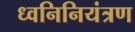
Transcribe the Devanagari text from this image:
ध्वनिनियंत्रण